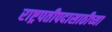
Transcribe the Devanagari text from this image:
राष्ट्रपतीपदासाठीच्या